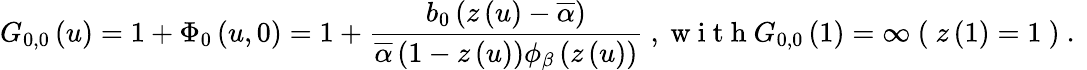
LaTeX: G_{0,0}\left(u\right)=1+\Phi_{0}\left(u,0\right)=1+\frac{b_{0}\left(z\left(u\right)-\overline{{\alpha}}\right)}{\overline{{\alpha}}\left(1-z\left(u\right)\right)\phi_{\beta}\left(z\left(u\right)\right)}\mathrm{~,~w~i~t~h~}G_{0,0}\left(1\right)=\infty\mathrm{~(~}z\left(1\right)=1\mathrm{~)~.~}